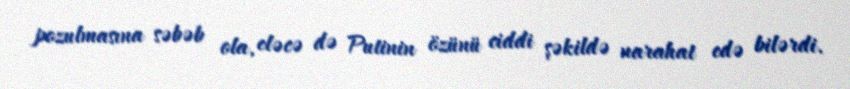
pozulmasına səbəb ola, eləcə də Putinin özünü ciddi şəkildə narahat edə bilərdi.